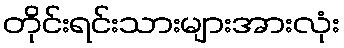
တိုင်းရင်းသားများအားလုံး